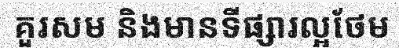
គួរសម និងមានទីផ្សារល្អថែម